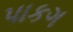
પાકગ